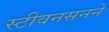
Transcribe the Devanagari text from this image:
स्टीवनसनने